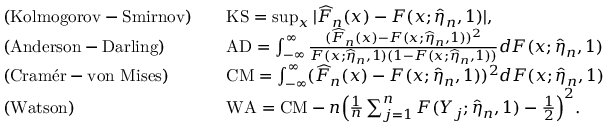
\begin{array} { r l r l } & { \mathrm { ( K o l m o g o r o v - S m i r n o v ) } } & & { \mathrm { K S } = \operatorname* { s u p } _ { x } | \widehat F _ { n } ( x ) - F ( x ; \widehat \eta _ { n } , 1 ) | , } \\ & { \mathrm { ( A n d e r s o n - D a r l i n g ) } } & & { \mathrm { A D } = \int _ { - \infty } ^ { \infty } \frac { ( \widehat F _ { n } ( x ) - F ( x ; \widehat \eta _ { n } , 1 ) ) ^ { 2 } } { F ( x ; \widehat \eta _ { n } , 1 ) ( 1 - F ( x ; \widehat \eta _ { n } , 1 ) ) } d F ( x ; \widehat \eta _ { n } , 1 ) } \\ & { \mathrm { ( C r a m \' e r - v o n ~ M i s e s ) } } & & { \mathrm { C M } = \int _ { - \infty } ^ { \infty } ( \widehat F _ { n } ( x ) - F ( x ; \widehat \eta _ { n } , 1 ) ) ^ { 2 } d F ( x ; \widehat \eta _ { n } , 1 ) } \\ & { \mathrm { ( W a t s o n ) } } & & { \mathrm { W A } = \mathrm { C M } - n \Big ( \frac 1 n \sum _ { j = 1 } ^ { n } F ( Y _ { j } ; \widehat \eta _ { n } , 1 ) - \frac 1 2 \Big ) ^ { 2 } . } \end{array}